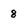
Character: 8